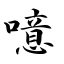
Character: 噫